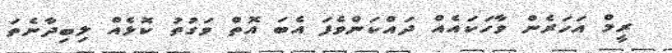
ރީމް އަހަރެން ވާހަކައެއް ދައްކަންވެފަ އެބަ އޮތް ވަގުތު ކޮޅެއް ލިބިދާނެތަ